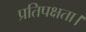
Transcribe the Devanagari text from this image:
प्रतिपक्षता।